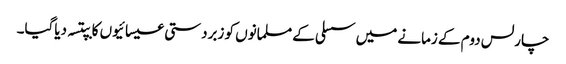
چارلس دوم کے زمانے میں سسلی کے مسلمانوں کو زبردستی عیسائیوں کا بپتسہ دیاگیا۔